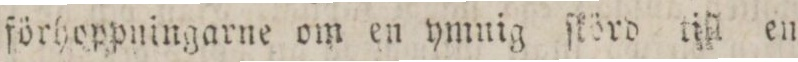
förhoppningarne om en ymuig ſtörd till en